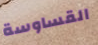
القساوسة